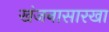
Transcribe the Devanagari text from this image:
खंजनासारखा